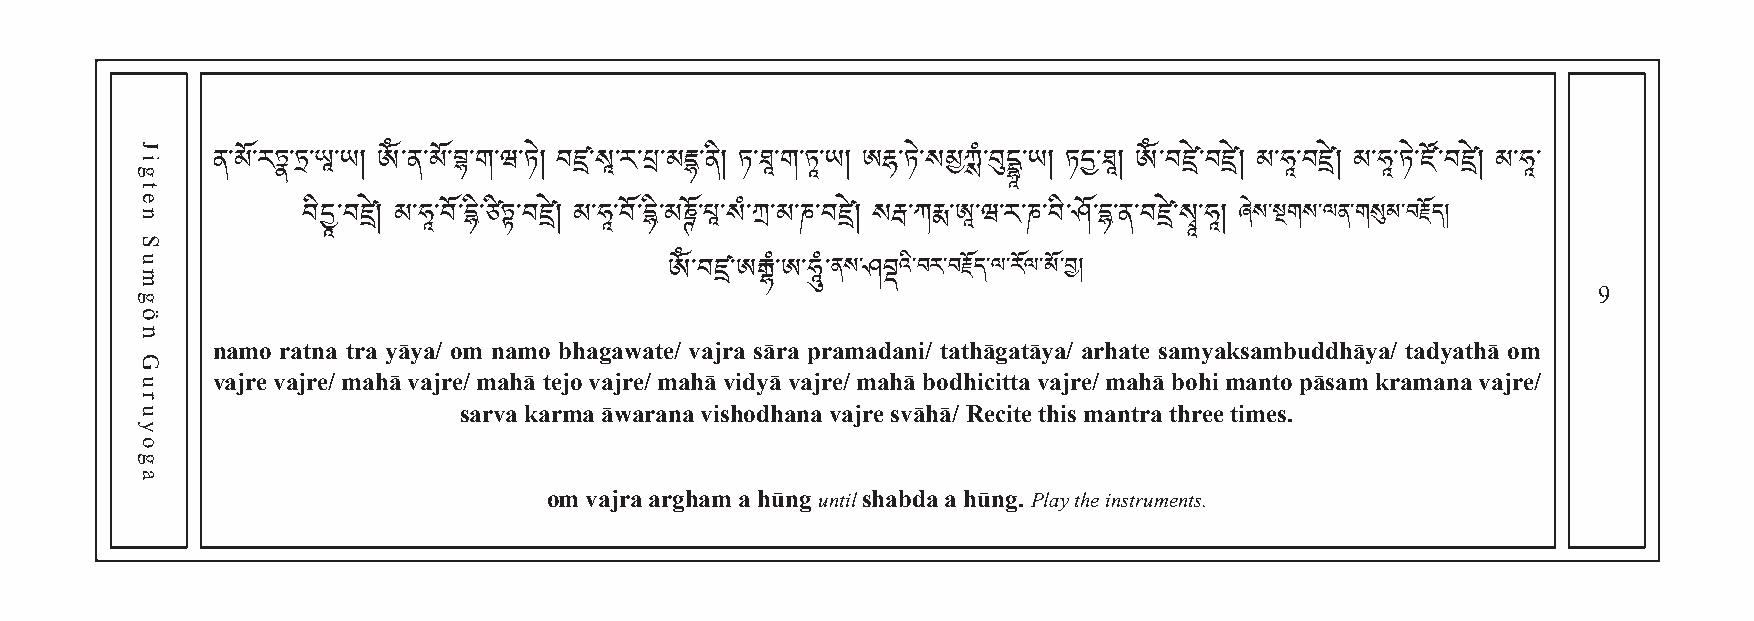
ན་མོ་རཏྣ་ཏྲ་ཡཱ་ཡ། ༀ་ན་མོ་བྷ་ག་ཝ་ཏེ། བཛྲ་སཱ་ར་པྲ་མརྡྷ་ནི། ཏ་ཐཱ་ག་ཏཱ་ཡ། ཨརྷ་ཏེ་སམྱཀྶཾ་བུདྡྷཱ་ཡ། ཏདྱ་ཐཱ། ༀ་བཛྲྲེ་བཛྲྲེ། མ་ཧཱ་བཛྲྲེ། མ་ཧཱ་ཏེ་ཛོ་བཛྲྲེ། མ་ཧཱ་
 ཞེས་སྔགས་ལན་གསུམ་བརོད།
 བིདྱཱ་བཛྲྲེ། མ་ཧཱ་བོ་དི་ཙིཏྟ་བཛྲྲེ། མ་ཧཱ་བོ་དི་མཎོ་པཱ་སཾ་ཀྲ་མ་ཎ་བཛྲྲེ། སརྦ་ཀརྨ་ཨཱ་ཝ་ར་ཎ་བི་ཤོ་ད་ན་བཛྲྲེ་སྭཱ་ཧཱ།
 9
 ནས་  འི་བར་བརོད་ལ་རོལ་མོ་བ།
 ༀ་བཛྲ་ཨརྒྷཾ་ཨ་ཧཱུཾ་ ཤབྡ
 namo ratna tra yāya/ om namo bhagawate/ vajra sāra pramadani/ tathāgatāya/ arhate samyaksambuddhāya/ tadyathā om
 vajre vajre/ mahā vajre/ mahā tejo vajre/ mahā vidyā vajre/ mahā bodhicitta vajre/ mahā bohi manto pāsam kramana vajre/
 sarva karma āwarana vishodhana vajre svāhā/ Recite this mantra three times.
 om vajra argham a hūng until shabda a hūng. Play the instruments.
 Jigten
 Sumgön
 Guruyoga